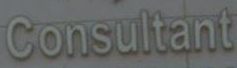
Consultant